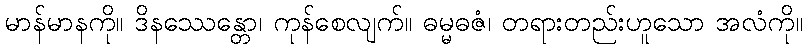
မာန်မာနကို။ ဒိနဿေန္တော၊ ကုန်စေလျက်။ ဓမ္မဓဇံ၊ တရားတည်းဟူသော အလံကို။